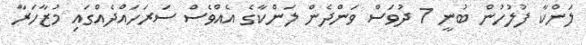
ލަންކާ ފުލުހުން ބުނީ 7 ދުވަސް ވަންދެން ލަންކާގެ އެއްވެސް ސަރަހައްދެއްގައި މުޒާހަރާ